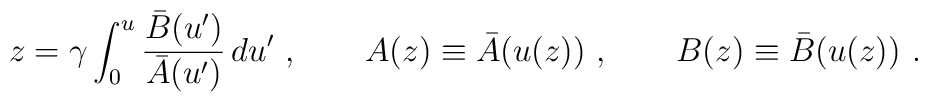
z = \gamma \int_0^u \frac{{\bar B}(u')}{{\bar A}(u')} \, du'\  ,\qquad  A(z) \equiv {\bar A}(u(z))\ ,\qquad  B(z) \equiv {\bar    B}(u(z))\ .